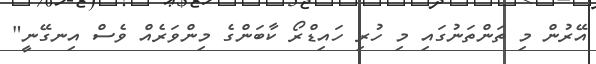
އޭރުން މި ތަންތަނުގައި މި ހުރި ހައިޑްރޯ ކާބަންގެ މިންވަރެއް ވެސް އިނގޭނީ"